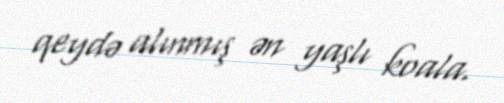
qeydə alınmış ən yaşlı koala.